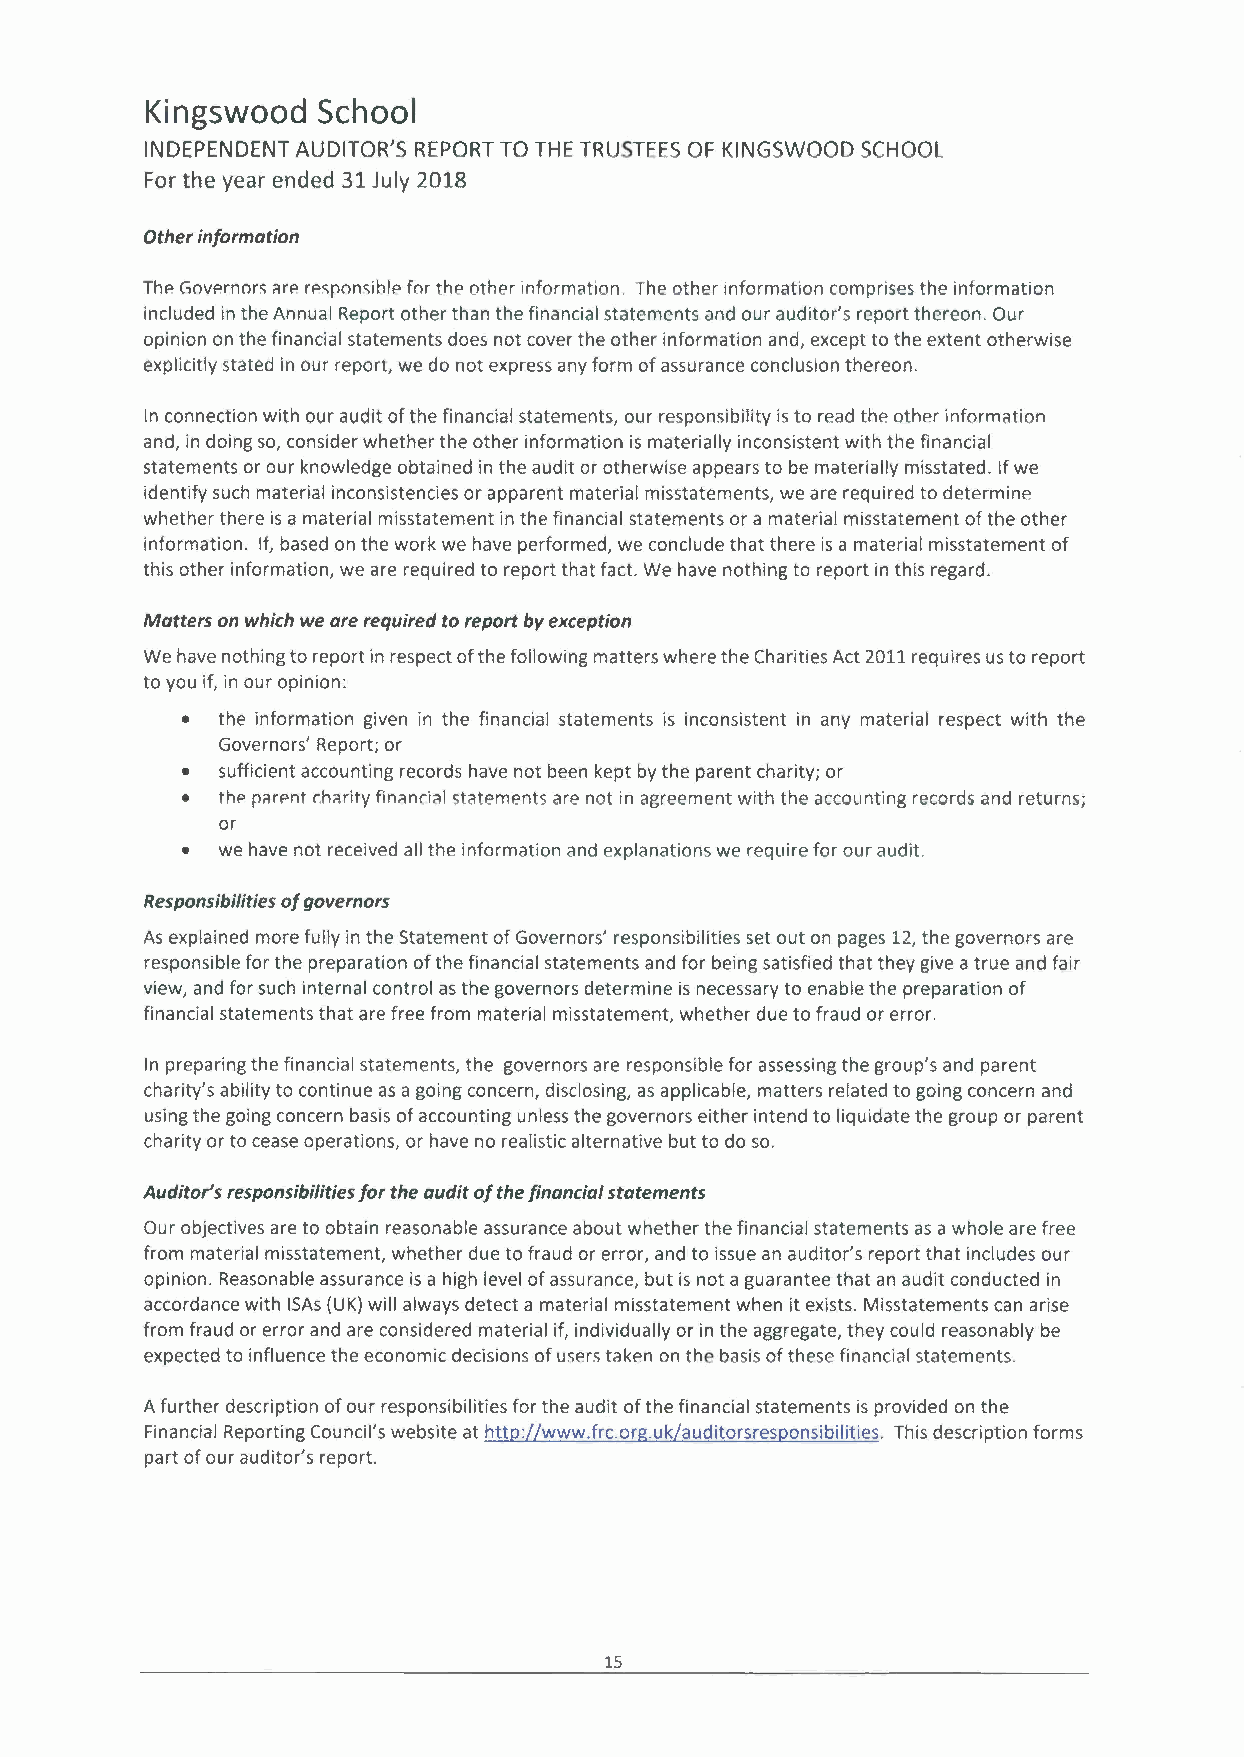
Kingswood  School
 INDEPENDENT AUDITOR'S REPORT TO THE TRUSTEES OF KINGSWOOD SCHOOL
 For the year ended 31 July 2018
 Other information
 Thp Governors are rpsronsihle for the other information. The other information comprises the information
 included in the Annual Report other than the financial statements and our auditor's report thereon. Our
 opinion on the financial statements does not cover the other information and, except to the extent otherwise
 explicitly stated in our report, we do not express any form of assurance conclusion thereon.
 In connection with our audit of the financial statements, our responsibility is to read the other information
 and, in doing so, consider whether the other information is materially inconsistent with the financial
 statements or our knowledge obtained in the audit or otherwise appears to be materially misstated. If we
 identify such material inconsistencies or apparent material misstatements, we are required to determine
 whether there is a material misstatement in the financial statements or a material misstatement of the other
 information. If, based on the work we have performed, we conclude that there is a material misstatement of
 this other information, we are required to report that fact. We have nothing to report in this regard.
 Matters on which we are required to report by exception
 We have nothing to report in respect of the following matters where the Charities Act 2011 requires us to report
 to you if, in our opinion:
 • the information given in the financial statements is inconsistent in any material respect with the
 Governors' Report; or
 • sufficient accounting records have not been kept by the parent charity; or
 • the parant rharitv ñnanrlal statements are not in agreement with the accounting records and returns;
 or
 • we have not received all the information and explanations we require for our audit.
 Responsibilities of governors
 As explained more fully in the Statement of Governors' responsibilities set out on pages 12, the governors are
 responsible for the preparation of the financial statements and for being satisfied that they give a true and fair
 view, and for such internal control as the governors determine is necessary to enable the preparation of
 financial statements that are free from material misstatement, whether due to fraud or error.
 In preparing the financial statements, the governors are responsible for assessingt he group's and parent
 charity's ability to continue as a going concern, disclosing, as applicable, matters related to going concern and
 using the going concern basis of accounting unless the governors either intend to liquidate the group or parent
 charity or to cease operations, or have no realistic alternative but to do so.
 Auditor's responsibilities for the audit of the financial statements
 Our objectives are to obtain reasonable assurance about whether the financial statements as a whole are free
 from material misstatement, whether due to fraud or error, and to issue an auditor's report that includes our
 opinion. Reasonable assurance is a high level of assurance, but is not a guarantee that an audit conducted in
 accordance with ISAs (UK) will always detect a material misstatement when it exists. Misstatements can arise
 from fraud or error and are considered material if, individually or in the aggregate, they could reasonably be
 expected to influence the economic decisions of users taken on the basis of these financial statements.
 A further description of our responsibilities for the audit of the financial statements is provided on the
 Financial Reporting Council's website at http://www.frc.org.uk/auditorsresponsibilities.This description forms
 part of our auditor's report.
 15